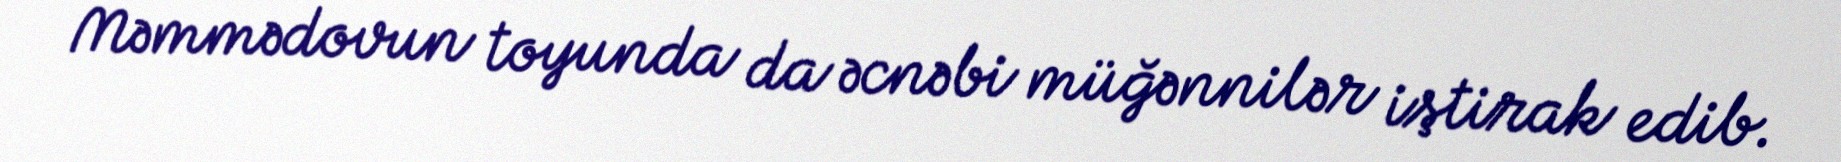
Məmmədovun toyunda da əcnəbi müğənnilər iştirak edib.